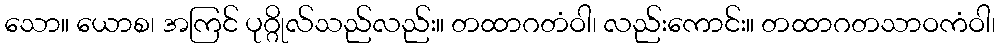
သော။ ယောစ၊ အကြင် ပုဂ္ဂိုလ်သည်လည်း။ တထာဂတံဝါ၊ လည်းကောင်း။ တထာဂတသာဝကံဝါ၊